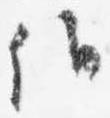
候